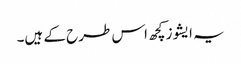
یہ ایشوز کچھ اس طرح کے ہیں۔